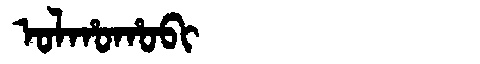
Manchu: ᠣᠯᡥᠣᡥᠣᠪᡳ
Romanization: OLHOHOBI